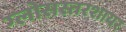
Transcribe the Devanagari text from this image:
ग्लोसस्तरशायर